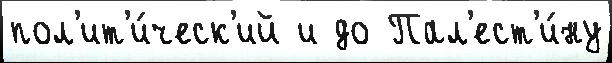
пол'ит'и́ческ'ий и до Пал'ест'и́ну